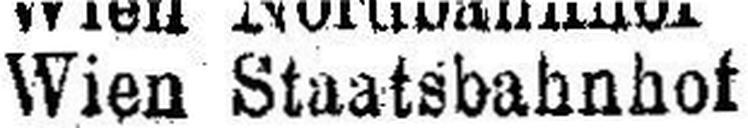
Wien Staatsbahnhof